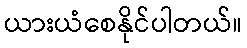
ယားယံစေနိုင်ပါတယ်။